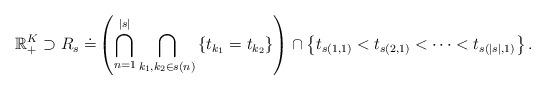
LaTeX: \begin{align*}{\mathbb R}_+^K \supset R_s \doteq &\left( \bigcap_{n=1}^{|s|} \bigcap_{k_1, k_2 \in s(n) } \left\{ t_{ k_1 } = t_{k_2} \right\}\right) \cap \left\{ t_{s(1,1)} < t_{ s(2,1)} < \cdots < t_{s(|s|,1)}\right\}.\end{align*}